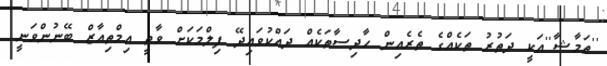
''ތަމާޝާ''އަކީ ދަތުރު ތަކެއްގެ ތެރެއިން ހާދިސާތަކެއް ދައްކުވައިދޭ ފިލްމަކަށް ވާތީ އިމްތިއާޒް ބޭނުންވަނީ